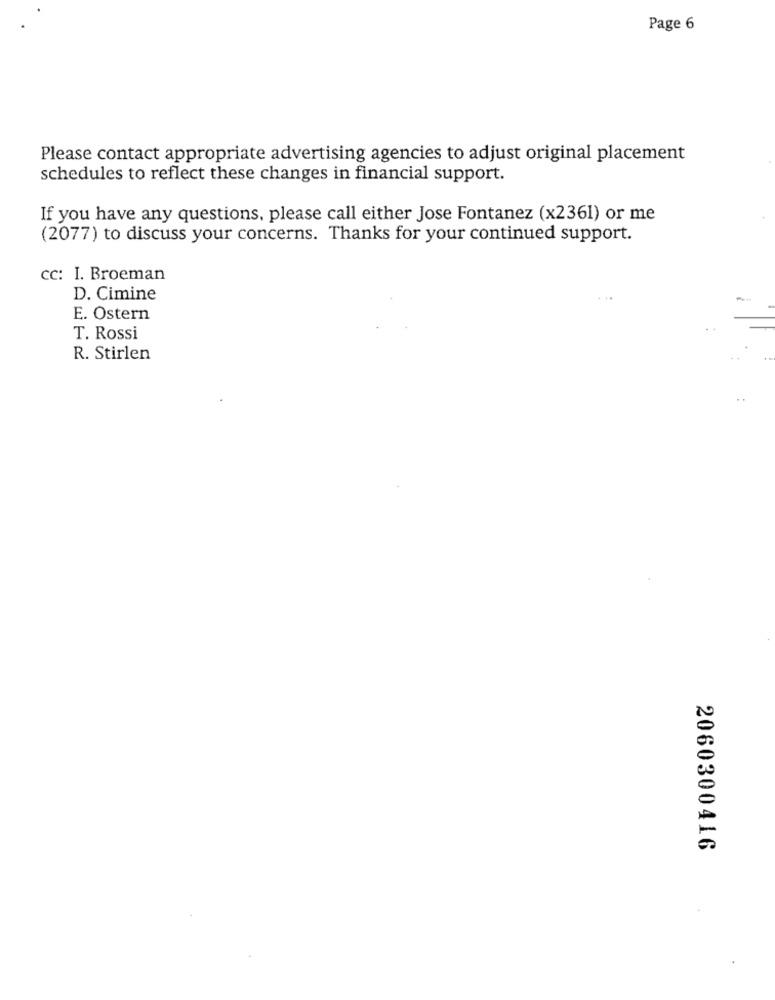
Page 6
Please contact appropriate advertising agencies to adjust original placement
schedules to reflect these changes in financial support.
If you have any questions, please call either Jose Fontanez (x2361) or me
(2077) to discuss your concerns. Thanks for your continued support.
cc: I. Broeman
D. Cimine
E. Ostern
T. Rossi
R. Stirlen
2060300416